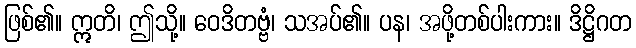
ဖြစ်၏။ ဣတိ၊ ဤသို့။ ဝေဒိတဗ္ဗံ၊ သအပ်၏။ ပန၊ အဖို့တစ်ပါးကား။ ဒိဋ္ဌိဂတ